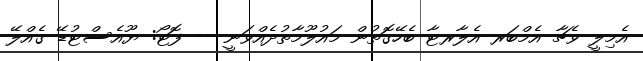
އެމިލީ ވެޗާ އެމްބަރ އެލާރޓާ ބެހޭގޮތުން މައުލޫމާތުދެއްވަނީ -- ފޮޓޯ: ޔޫއެސްޓުޑޭ ގެއްލޭ